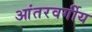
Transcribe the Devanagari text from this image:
आंतरवर्गीय